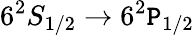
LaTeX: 6^{2}S_{1/2}\rightarrow6^{2}\mathtt{P}_{1/2}